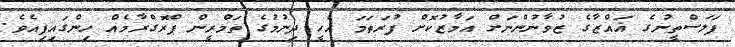
ފަލަސްތީނުގެ ޣައްޒާގެ ޒުވާނުންނަށް އަމާޒުކޮށް ފުރަތަމަ އެހީ ދިނުމުގެ ތަމްރީން ޕްރޮގްރާމެއް ހިންގައިފިއެވެ.